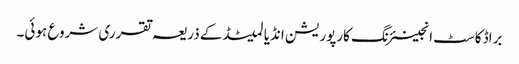
براڈکاسٹ انجینئرنگ کارپوریشن انڈیا لمیٹڈکے ذریعہ تقرری شروع ہوئی۔